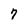
Character: 7